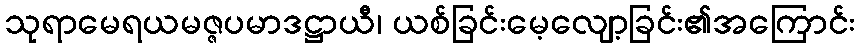
သုရာမေရယမဇ္ဇပမာဒဋ္ဌာယီ၊ ယစ်ခြင်းမေ့လျော့ခြင်း၏အကြောင်း